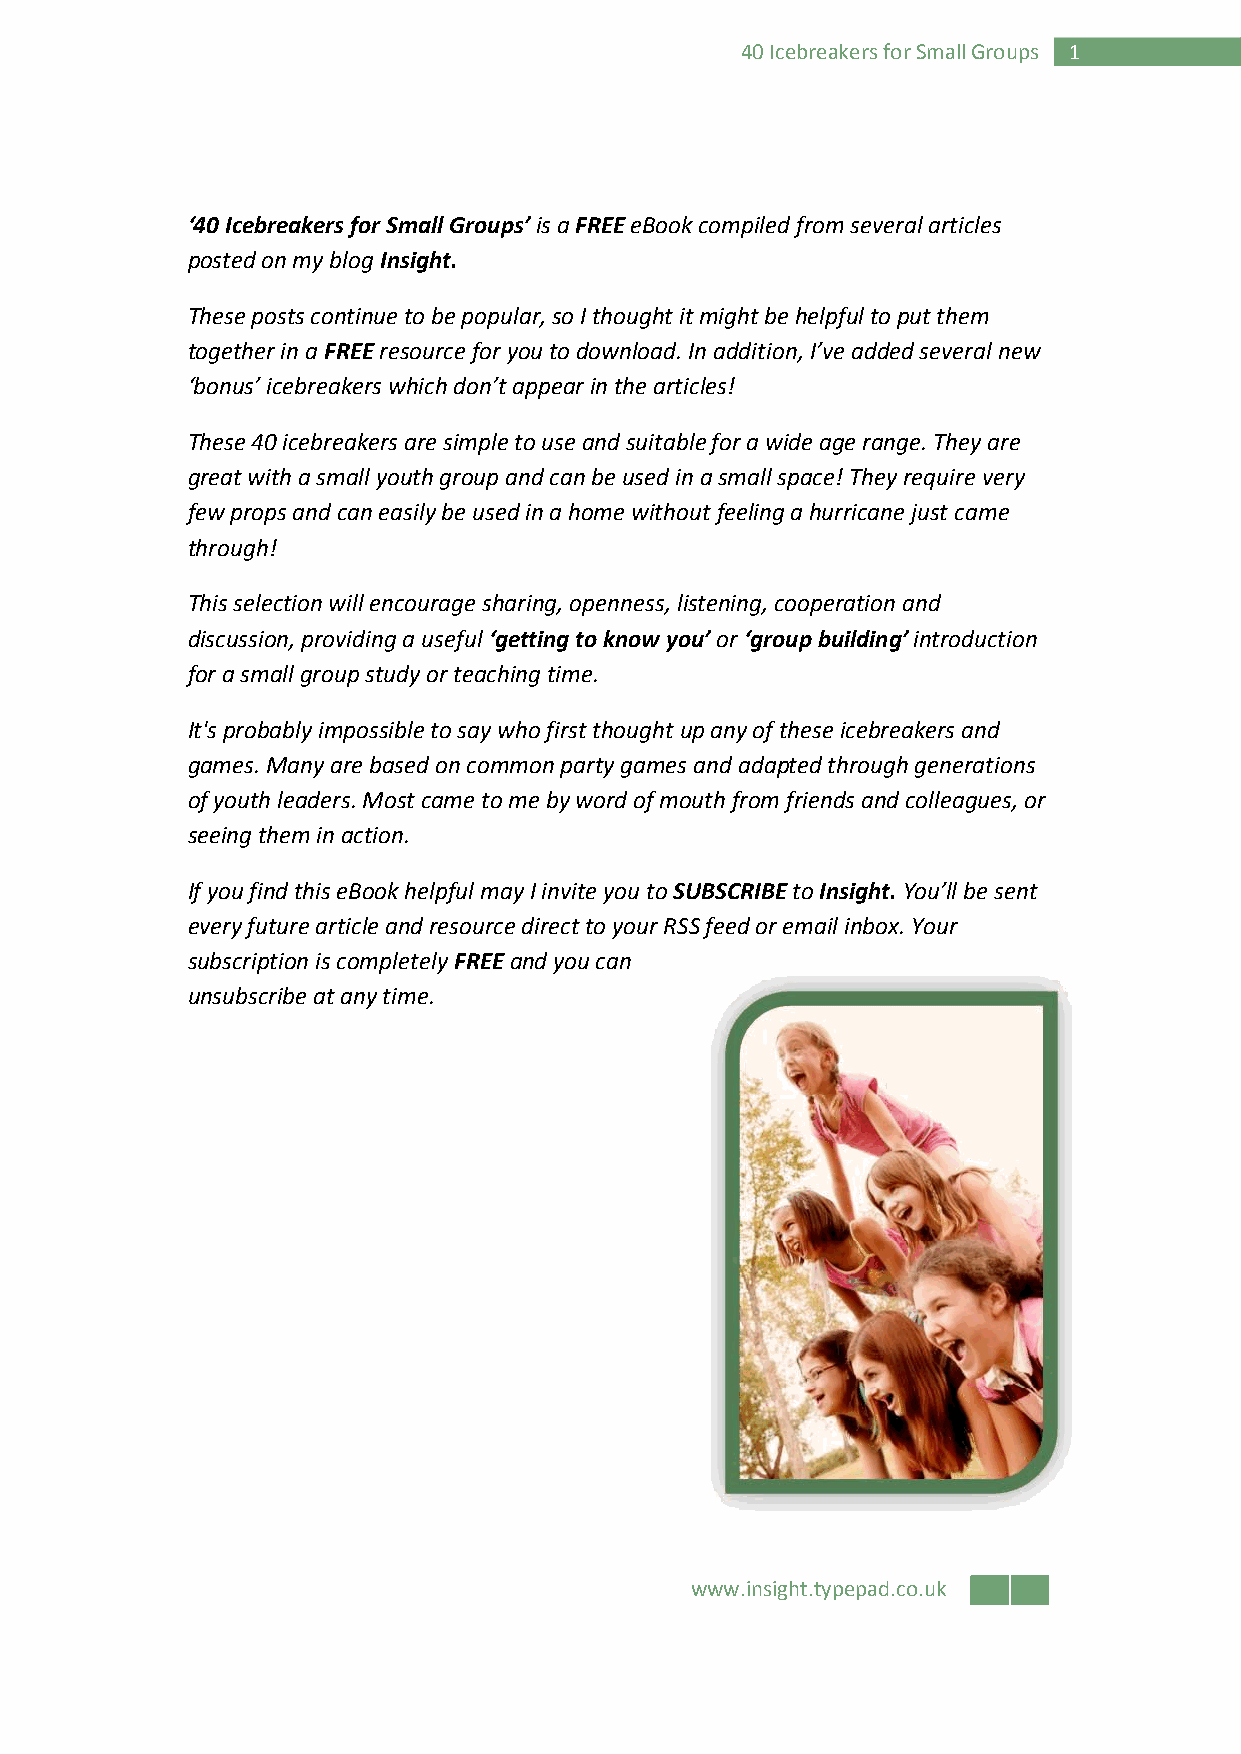
40 Icebreakers for Small Groups 1
 ‘40 Icebreakers for Small Groups’ is a FREE eBook compiled from several articles
 posted on my blog Insight.
 These posts continue to be popular, so I thought it might be helpful to put them
 together in a FREE resource for you to download. In addition, I’ve added several new
 ‘bonus’ icebreakers which don’t appear in the articles!
 These 40 icebreakers are simple to use and suitable for a wide age range. They are
 great with a small youth group and can be used in a small space! They require very
 few props and can easily be used in a home without feeling a hurricane just came
 through!
 This selection will encourage sharing, openness, listening, cooperation and
 discussion, providing a useful ‘getting to know you’ or ‘group building’ introduction
 for a small group study or teaching time.
 It's probably impossible to say who first thought up any of these icebreakers and
 games. Many are based on common party games and adapted through generations
 of youth leaders. Most came to me by word of mouth from friends and colleagues, or
 seeing them in action.
 If you find this eBook helpful may I invite you to SUBSCRIBE to Insight. You’ll be sent
 every future article and resource direct to your RSS feed or email inbox. Your
 subscription is completely FREE and you can
 unsubscribe at any time.
 www.insight.typepad.co.uk